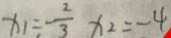
x _ { 1 } = - \frac { 2 } { 3 } x _ { 2 } = - 4